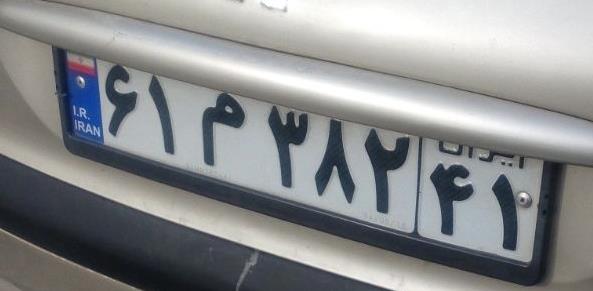
۶۱م۳۸۲۴۱